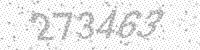
Solution: 273463